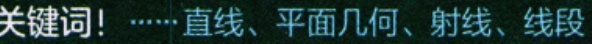
关键词！……直线、平面几何、射线、线段